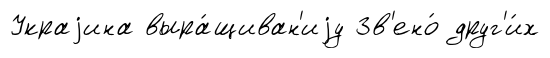
Украjина выра́щиван'иjу Зв'ено́ друг'и́х